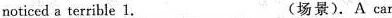
noticed a terrible 1.___(场景).A car